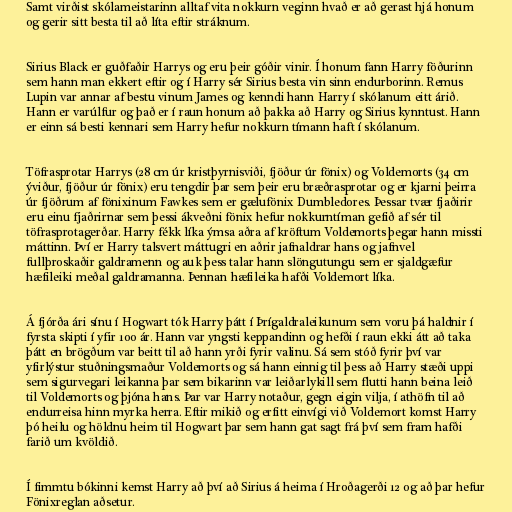
Samt virðist skólameistarinn alltaf vita nokkurn veginn hvað er að gerast hjá honum
og gerir sitt besta til að líta eftir stráknum.

Sirius Black er guðfaðir Harrys og eru þeir góðir vinir. Í honum fann Harry föðurinn
sem hann man ekkert eftir og í Harry sér Sirius besta vin sinn endurborinn. Remus
Lupin var annar af bestu vinum James og kenndi hann Harry í skólanum eitt árið.
Hann er varúlfur og það er í raun honum að þakka að Harry og Sirius kynntust. Hann
er einn sá besti kennari sem Harry hefur nokkurn tímann haft í skólanum.

Töfrasprotar Harrys (28 cm úr kristþyrnisviði, fjöður úr fönix) og Voldemorts (34 cm
ýviður, fjöður úr fönix) eru tengdir þar sem þeir eru bræðrasprotar og er kjarni þeirra
úr fjöðrum af fönixinum Fawkes sem er gælufönix Dumbledores. Þessar tvær fjaðirir
eru einu fjaðrirnar sem þessi ákveðni fönix hefur nokkurntíman gefið af sér til
töfrasprotagerðar. Harry fékk líka ýmsa aðra af kröftum Voldemorts þegar hann missti
máttinn. Því er Harry talsvert máttugri en aðrir jafnaldrar hans og jafnvel
fullþroskaðir galdramenn og auk þess talar hann slöngutungu sem er sjaldgæfur
hæfileiki meðal galdramanna. Þennan hæfileika hafði Voldemort líka.

Á fjórða ári sínu í Hogwart tók Harry þátt í Þrígaldraleikunum sem voru þá haldnir í
fyrsta skipti í yfir 100 ár. Hann var yngsti keppandinn og hefði í raun ekki átt að taka
þátt en brögðum var beitt til að hann yrði fyrir valinu. Sá sem stóð fyrir því var
yfirlýstur stuðningsmaður Voldemorts og sá hann einnig til þess að Harry stæði uppi
sem sigurvegari leikanna þar sem bikarinn var leiðarlykill sem flutti hann beina leið
til Voldemorts og þjóna hans. Þar var Harry notaður, gegn eigin vilja, í athöfn til að
endurreisa hinn myrka herra. Eftir mikið og erfitt einvígi við Voldemort komst Harry
þó heilu og höldnu heim til Hogwart þar sem hann gat sagt frá því sem fram hafði
farið um kvöldið.

Í fimmtu bókinni kemst Harry að því að Sirius á heima í Hroðagerði 12 og að þar hefur
Fönixreglan aðsetur.